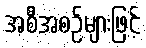
အစီအစဉ်များဖြင့်